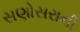
સણોસરાની